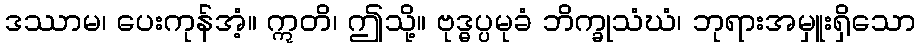
ဒဿာမ၊ ပေးကုန်အံ့။ ဣတိ၊ ဤသို့။ ဗုဒ္ဓပ္ပမုခံ ဘိက္ခုသံဃံ၊ ဘုရားအမှူးရှိသော